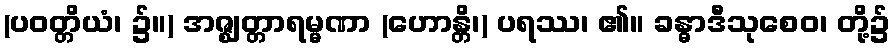
(ပဝတ္တိယံ၊ ၌။) အဇ္ဈတ္တာရမ္မဏာ (ဟောန္တိ၊) ပရဿ၊ ၏။ ခန္ဓာဒီသုစေဝ၊ တို့၌